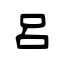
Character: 呂